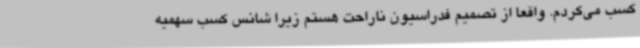
کسب می‌کردم. واقعا از تصمیم فدراسیون ناراحت هستم زیرا شانس کسب سهمیه